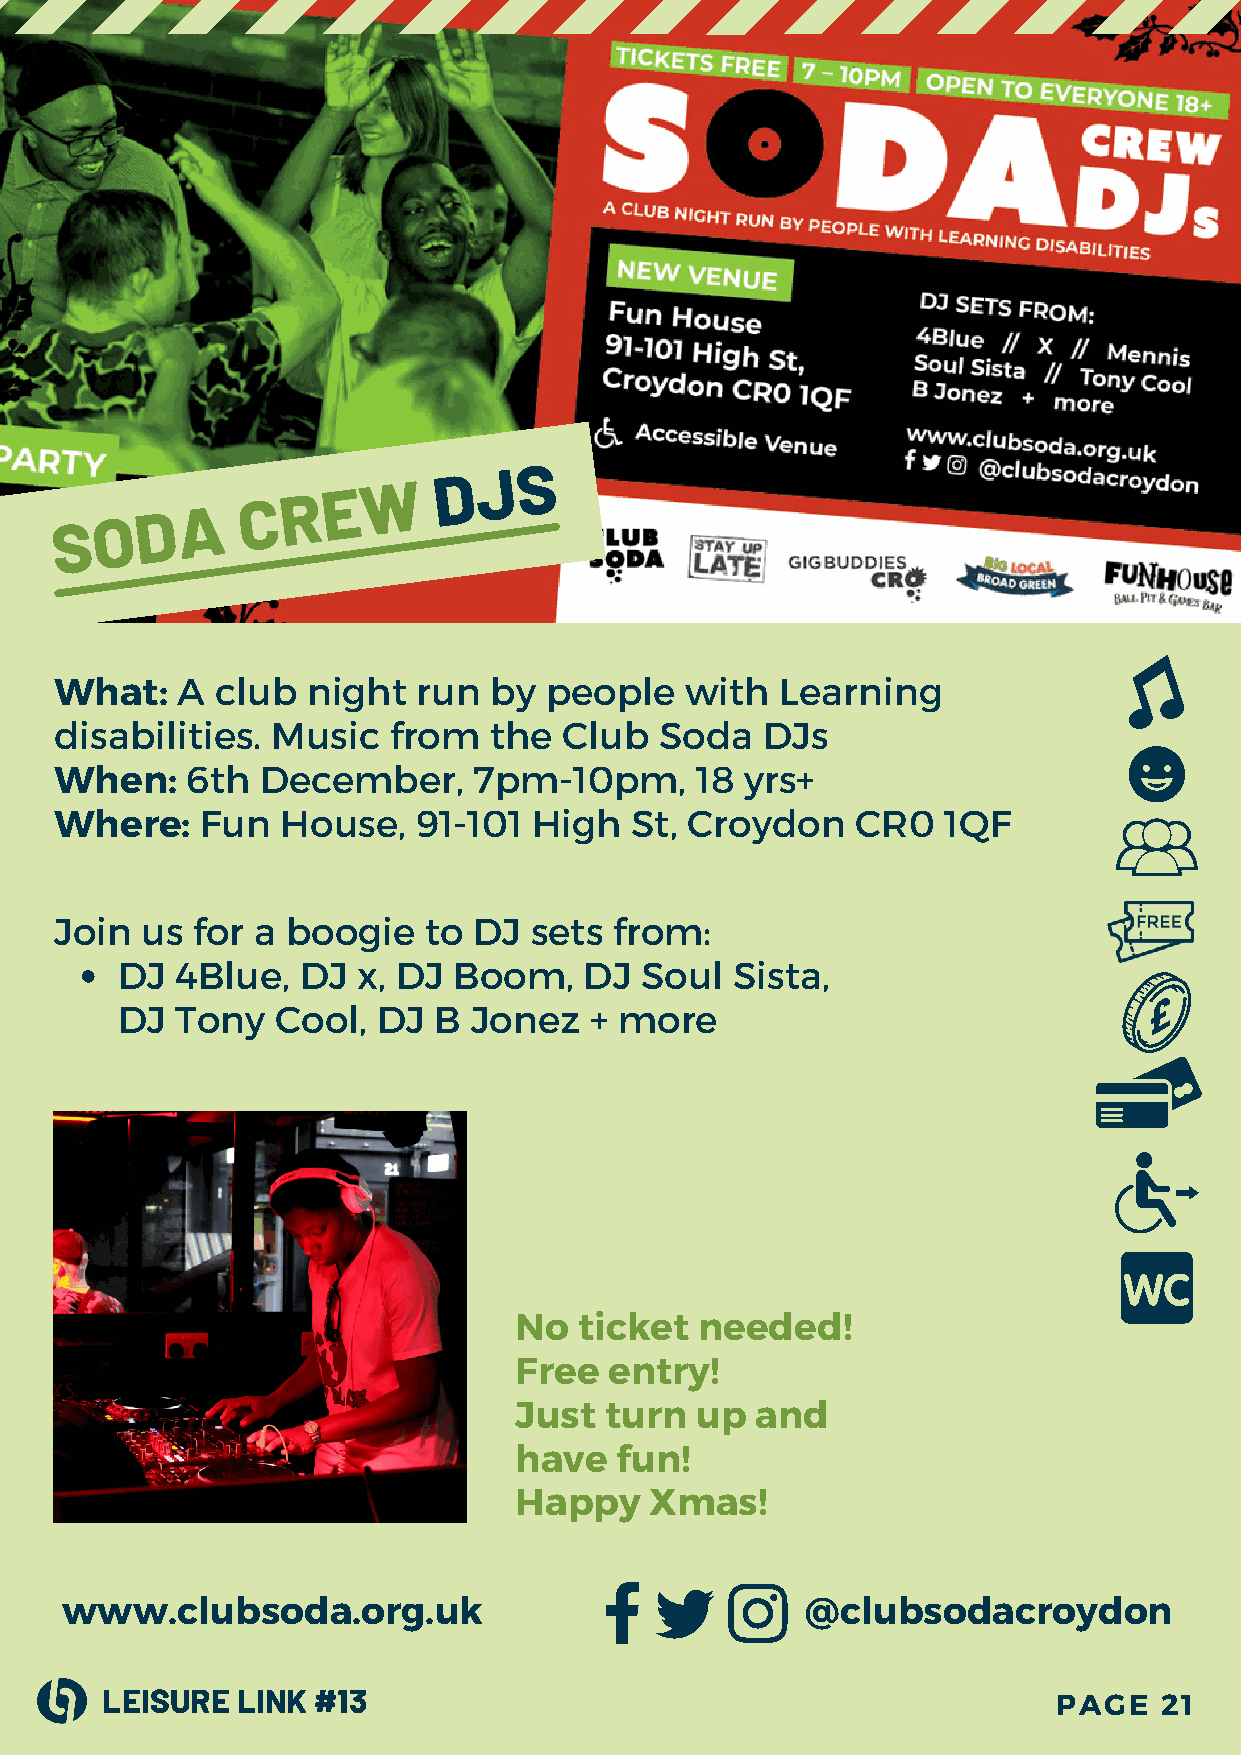
W
 D  J S
 S O  D  A
 C  R  E
 What:   A club  night   run by  people   with   Learning
 disabilities. Music   from  the  Club   Soda  DJs
 When:   6th  December,     7pm-10pm,      18 yrs+
 Where:   Fun   House,   91-101 High   St, Croydon    CR0  1QF
 Join us  for a boogie   to DJ  sets  from:
 DJ  4Blue,  DJ  x, DJ Boom,    DJ Soul   Sista,
 DJ  Tony  Cool,  DJ  B Jonez   + more
 No  ticket  needed!
 Free  entry!
 Just  turn  up  and
 have   fun!
 Happy    Xmas!
 www.clubsoda.org.uk                              @clubsodacroydon
 LEISURE  LINK #13                                              PAGE   21